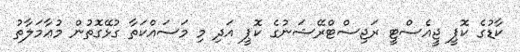
ކާޑުގެ ކޮޕީ ޖީއެސްޓީ ރަޖިސްޓްރޭޝަނުގެ ކޮޕީ އަދި މި މަސައްކަތާ ގުޅޭގޮތުން މުޢާމަލާތު